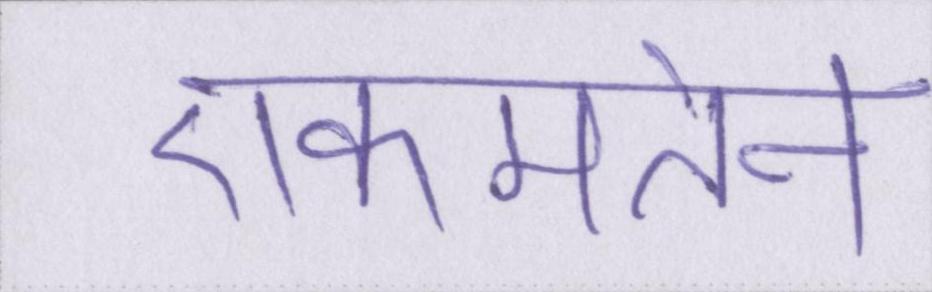
एकमतेन